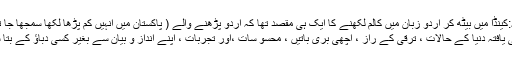
روبینہ:کینڈا میں بیٹھ کر اردو زبان میں کالم لکھنے کا ایک ہی مقصد تھا کہ اردو پڑھنے والے ( پاکستان میں انہیں کم پڑھا لکھا سمجھا جا تا ہے )
کو ترقی یافتہ دنیا کے حالات ، ترقی کے راز ، اچھی بری باتیں ، محسو سات ،اور تجربات ، اپنے انداز و بیان سے بغیر کسی دباﺅ کے بتا سکوں ۔